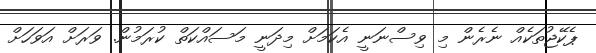
ޕެކޭޖުތަކެއް ނެރެން މި ވިސްނަނީ އެކަމަށް މިދަނީ މަސައްކަތް ކުރަމުން. ވަރަށް އަވަހަށް